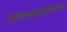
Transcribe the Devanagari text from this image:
सीताकराम्बुरुहलालितपादपद्म